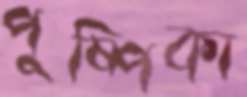
পুষ্পিকা